Laidoner,_Johan, lk 59
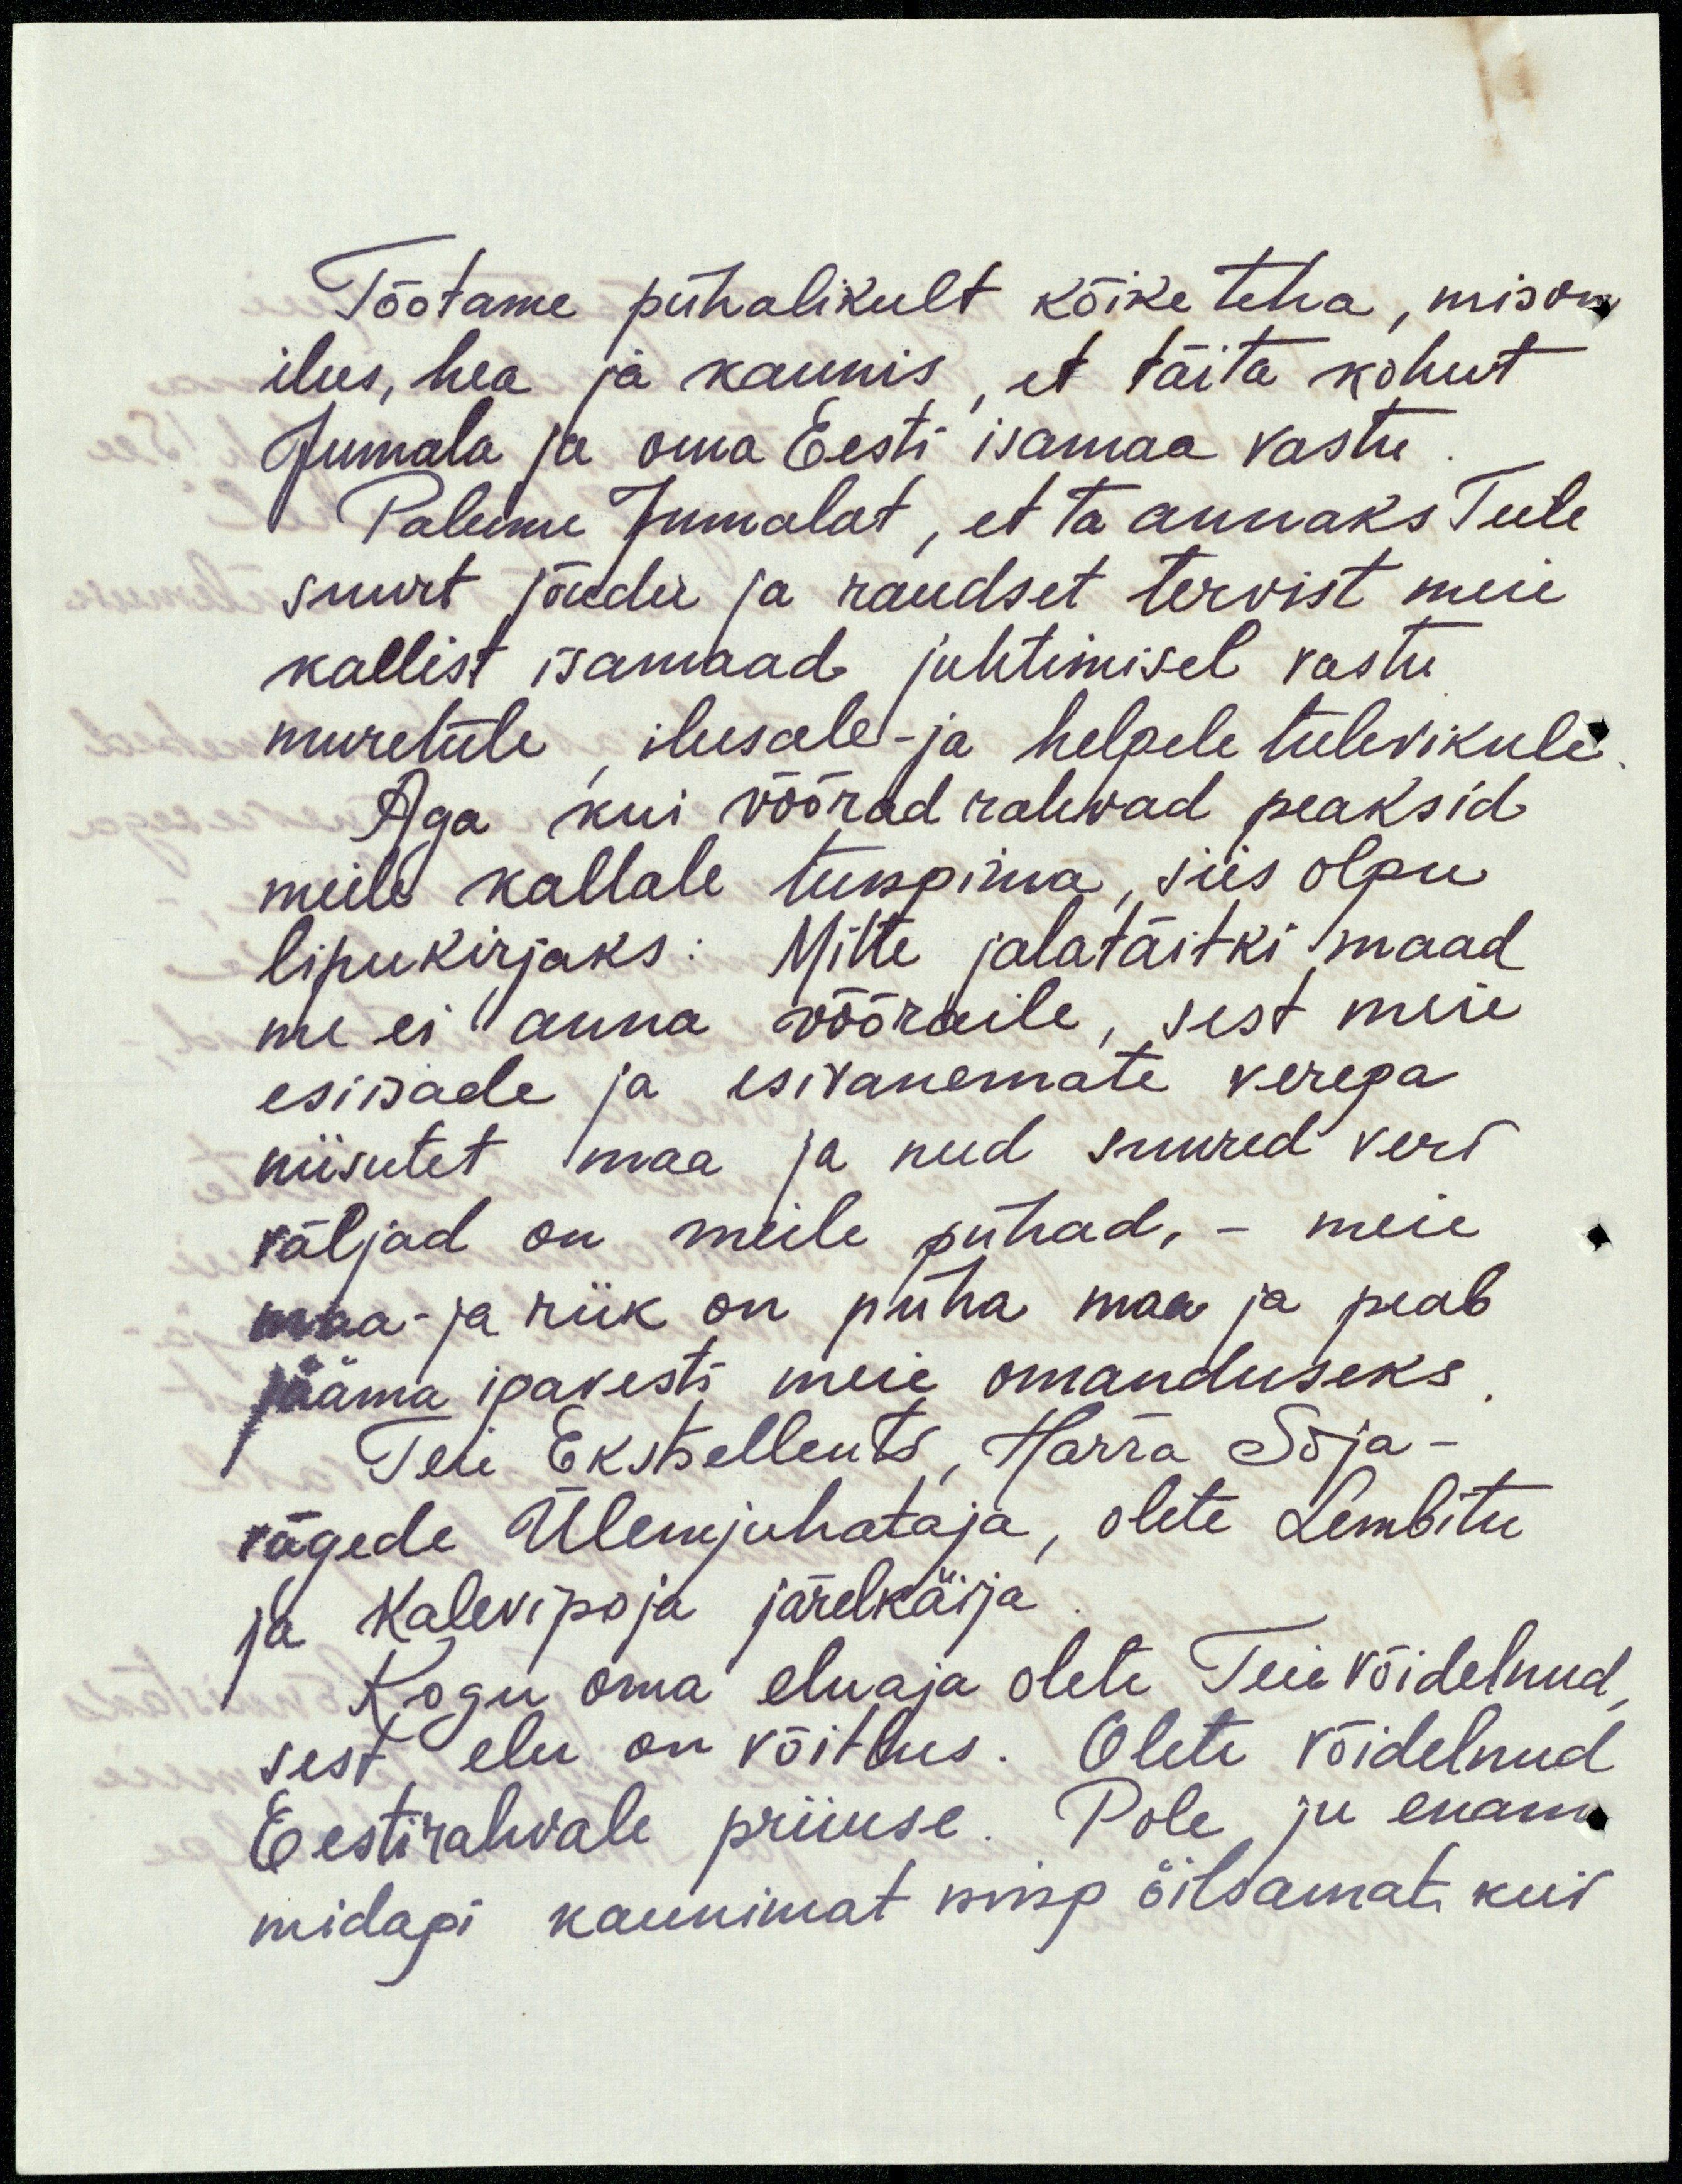
Tõotame pühalikult kõike teha, mis on
ilus, hea ja kaunis, et täita kohut
Jumala ja oma Eesti isamaa vastu
Palume Jumalat, et ta annaks Teile
suurt jõudu ja raudset tervist meie
kallist isamaad juhtimisel vastu
muretule ilusale- ja helgele tulevikule.
Aga kui võõrad rahvad peaksid
meile kallale tungima, siis olgu
lipukirjaks: Mitte jalatäitki maad
me ei anna võõraile, sest meie
esiisade ja esivanemate verega
niisutet maa ja need suured veri
väljad on meile pühad, - meie
maa ja riik on püha maa ja peab
jääma igavesti meie omanduseks
Teie Ekstsellents, Härra Sõja-
vägede Ülemjuhataja, olete Lembitu
ja Kalevipoja järelkäija
Kogu oma eluaja olete Teie võidelnud
sest elu on võitlus. Olete võidelnud
Eesti rahvale priiuse. Pole ju enam
midagi kaunimat ning õilsamat, kui